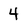
Character: 4